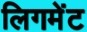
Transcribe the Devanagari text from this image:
लिगमेंट